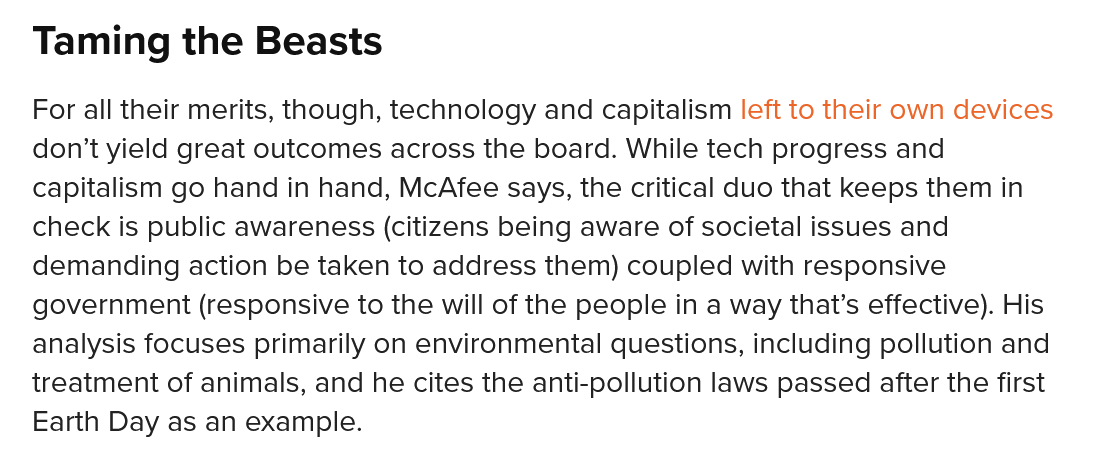
For all their merits, though, technology and capitalism left to their own devices
   don’t yield great outcomes across the board. While tech progress and
   capitalism go hand in hand, McAfee says, the critical duo that keeps them in
   check is public awareness (citizens being aware of societal issues and
   demanding  action be taken to address them) coupled with responsive
   government (responsive to the will of the people in a way that’s effective). His
   analysis focuses primarily on environmental questions, including pollution and
   treatment of animals, and he cites the anti-pollution laws passed after the first
   Earth Day as an example.
   Taming    the  Beasts